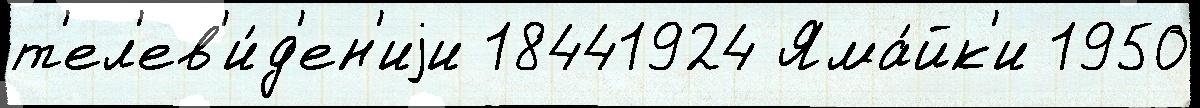
т'ел'ев'и́д'ен'иjи 18441924 Яма́йк'и 1950